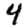
Digit: 4